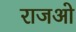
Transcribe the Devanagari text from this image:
राजओ